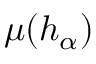
\mu ( h _ { \alpha } )